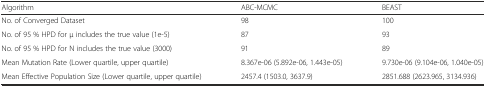
<table><thead><tr><td><b>Algorithm</b></td><td><b>ABC-MCMC</b></td><td><b>BEAST</b></td></tr></thead><tbody><tr><td>No. of Converged Dataset</td><td>98</td><td>100</td></tr><tr><td>No. of 95 % HPD for μ includes the true value (1e-5)</td><td>87</td><td>93</td></tr><tr><td>No. of 95 % HPD for N includes the true value (3000)</td><td>91</td><td>89</td></tr><tr><td>Mean Mutation Rate (Lower quartile, upper quartile)</td><td>8.367e-06 (5.892e-06, 1.443e-05)</td><td>9.730e-06 (9.104e-06, 1.040e-05)</td></tr><tr><td>Mean Effective Population Size (Lower quartile, upper quartile)</td><td>2457.4 (1503.0, 3637.9)</td><td>2851.688 (2623.965, 3134.936)</td></tr></tbody></table>